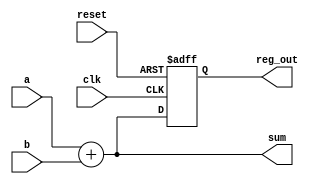
module example_design (
    input wire clk,          // Clock input
    input wire reset,        // Reset input
    input wire [3:0] a,      // 4-bit input a
    input wire [3:0] b,      // 4-bit input b
    output reg [3:0] sum,     // 4-bit output for sum
    output reg [3:0] reg_out  // 4-bit output for register
);

// Combinational logic using always @*
always @* begin
    sum = a + b; // Simple adder logic
end

// Sequential logic using always @(posedge clk)
always @(posedge clk or posedge reset) begin
    if (reset) begin
        reg_out <= 4'b0000; // Reset register output to 0
    end else begin
        reg_out <= sum; // Capture the sum value on clock edge
    end
end

endmodule